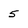
Character: 5